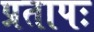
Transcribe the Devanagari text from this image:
प्रतापः